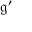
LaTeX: \mathfrak { g ^ { \prime } }